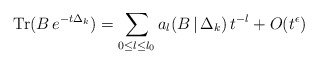
\begin{align*}\mbox{Tr}(B\,e^{-t\Delta_k})=\sum_{0{\leq}l{\leq}l_0}a_l(B\,|\,\Delta_k)\,t^{-l}+O(t^{\epsilon})\end{align*}